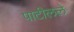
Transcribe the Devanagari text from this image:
पाटीलले